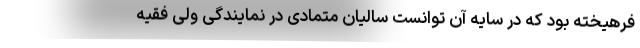
فرهیخته بود که در سایه آن توانست سالیان متمادی در نمایندگی ولی فقیه